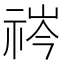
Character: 𬒻